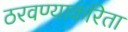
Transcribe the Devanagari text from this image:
ठरवण्याकरिता